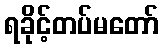
ရခိုင့်တပ်မတော်